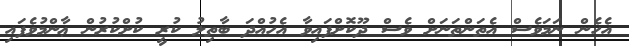
އެހެން ނަމަވެސް އެތަންތަނަށް ވެސް ދޫކޮށްފައިވާ އެހުއްދަ ބާތިލު ކުރީ ކުށްކުރުން ޢާންމުވެފައި